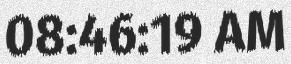
08:46:19 AM